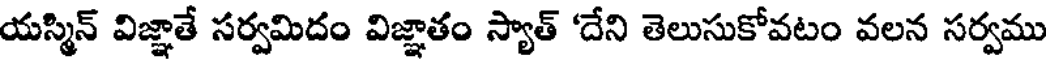
యస్మిన్ విజ్ఞాతే సర్వమిదం విజ్ఞాతం స్యాత్ 'దేని తెలుసుకోవటం వలన సర్వము